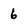
Character: 6